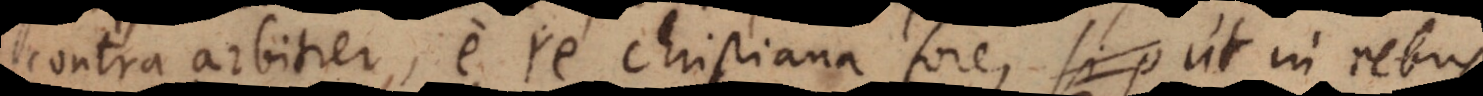
contra arbitrer, e re Christiana fore, ut in rebus